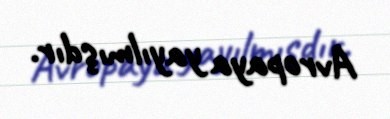
Avropaya yayılmışdır.